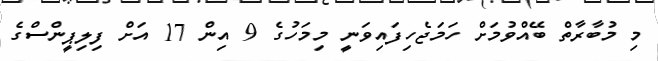
މި މުބާރާތް ބޭއްވުމަށް ހަމަޖެހިފައިވަނީ މިމަހުގެ 9 އިން 17 އަށް ފިލިޕީންސްގެ